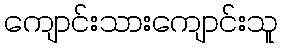
ကျောင်းသားကျောင်းသူ